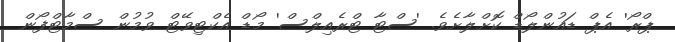
ޕްރޯ' އެޕް ޑައުންލޯޑް ކޮށްލާށެވެ. 'ސްޓާ ޓްރެއިލްސް' މޯޑް އެކްޓިވޭޓް ވުމުން ސްމާޓްފޯން